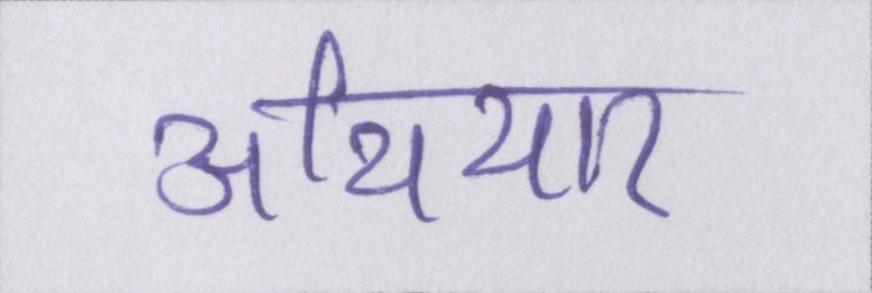
अथियार